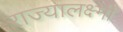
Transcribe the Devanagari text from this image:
राज्यालक्ष्मी